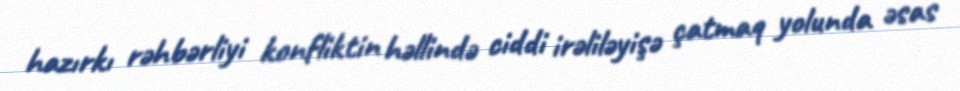
hazırkı rəhbərliyi konfliktin həllində ciddi irəliləyişə çatmaq yolunda əsas